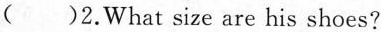
()2.What size are his shoes?